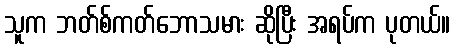
သူက ဘတ်စ်ကတ်ဘောသမား ဆိုပြီး အရပ်က ပုတယ်။